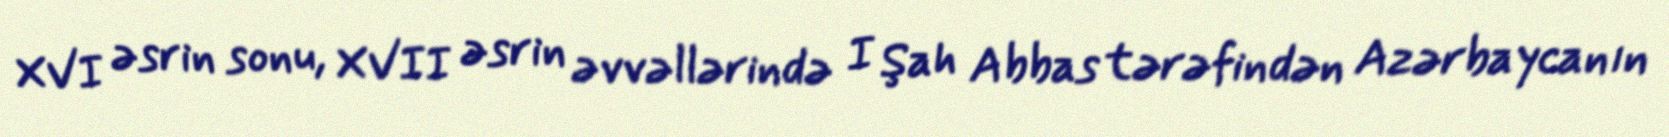
XVI əsrin sonu, XVII əsrin əvvəllərində I Şah Abbas tərəfindən Azərbaycanın